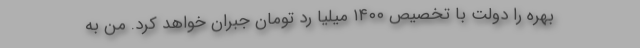
بهره را دولت با تخصیص ۱۴۰۰ میلیا رد تومان جبران خواهد کرد. من به